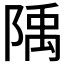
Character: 𨺲